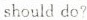
should do?